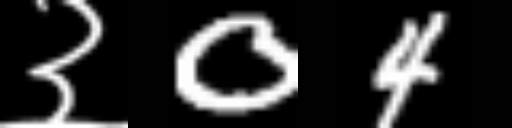
Text: ३04